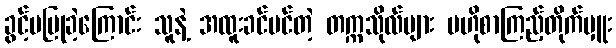
ခွင့်မပြုခဲ့ကြောင်း သူနဲ့ အထူးခင်မင်တဲ့ တက္ကသိုလ်များ ဗဟိုစာကြည့်တိုက်မှူး